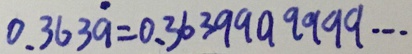
0 . 3 6 3 \dot { 9 } = 0 . 3 6 3 9 9 9 9 9 9 9 \cdots